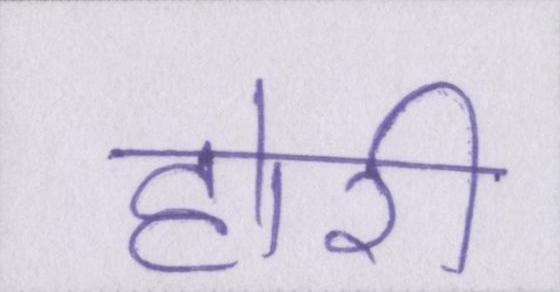
होरी